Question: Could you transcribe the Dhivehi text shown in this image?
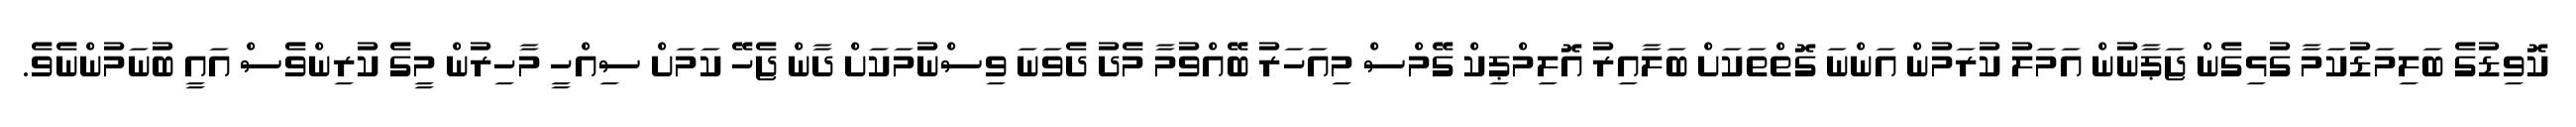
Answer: ކޮވިޑުގެ ބަލިމަޑުކަމާ ގުޅިގެން ޖަޕާނުން އަމަލު ކުރަމުން އަންނަ ގޮތްތަކަށް ބަލާއިރު އޮލިމްޕިކް ގޭމްސް މިއަހަރު ބޭއްވުމާ މެދު ދެވަނަ ވިސްނުމަކަށް ދާން ޖެހޭ ކަމަށް ސިއްހީ މާހިރުން މީގެ ކުރިންވެސް އައީ ބުނަމުންނެވެ.